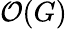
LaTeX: {\mathcal{O}}(G)